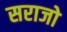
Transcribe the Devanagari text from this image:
सराजो